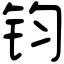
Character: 钧